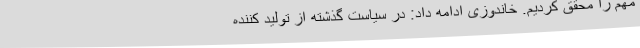
مهم را محقق کردیم. خاندوزی ادامه داد: در سیاست گذشته از تولید کننده